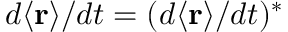
d \langle \mathbf { r } \rangle / d t = ( d \langle \mathbf { r } \rangle / d t ) ^ { * }